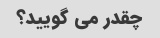
چقدر می گویید؟